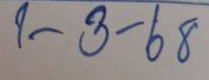
1-3-68